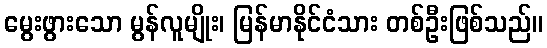
မွေးဖွားသော မွန်လူမျိုး၊ မြန်မာနိုင်ငံသား တစ်ဦးဖြစ်သည်။